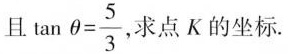
且$$\tan \theta = \frac{5}{3}$$，求点K的坐标.